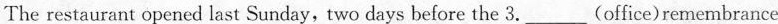
The restaurant opened last Sunday,two days before the 3.___(office)remembrance